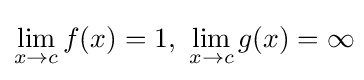
\lim _{x\to c}f(x)=1,\ \lim _{x\to c}g(x)=\infty \!